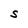
Character: S